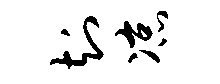
知凉